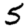
Digit: 5